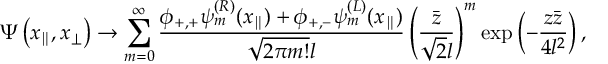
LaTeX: \Psi \left( x _ { \parallel } , x _ { \perp } \right) \to \sum _ { m = 0 } ^ { \infty } \frac { \phi _ { + , + } \psi _ { m } ^ { ( R ) } ( x _ { \parallel } ) + \phi _ { + , - } \psi _ { m } ^ { ( L ) } ( x _ { \parallel } ) } { \sqrt { 2 \pi m ! } l } \left( \frac { \bar { z } } { \sqrt { 2 } l } \right) ^ { m } \exp \left( - \frac { z \bar { z } } { 4 l ^ { 2 } } \right) ,